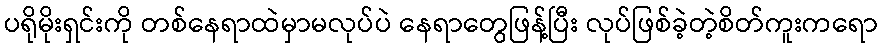
ပရိုမိုးရှင်းကို တစ်နေရာထဲမှာမလုပ်ပဲ နေရာတွေဖြန့်ပြီး လုပ်ဖြစ်ခဲ့တဲ့စိတ်ကူးကရော